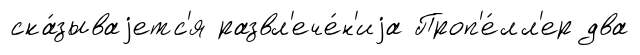
ска́зываjетс'я развл'ече́н'иjа Проп'е́лл'ер два